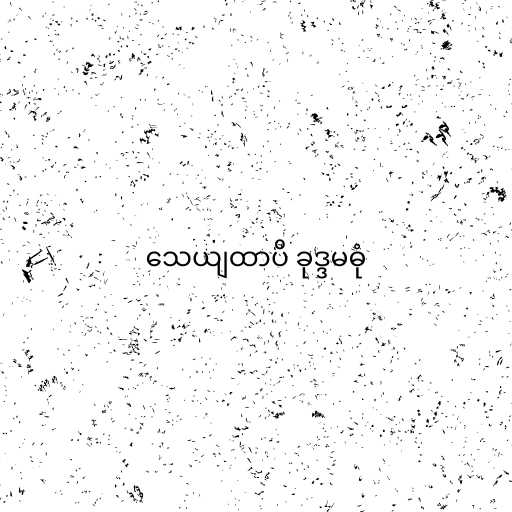
သေယျထာပိ ခုဒ္ဒမဓုံ